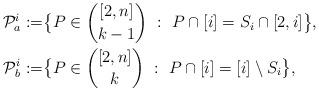
LaTeX: \begin{align*}\mathcal P_a^i:=&\big\{P\in {[2,n]\choose k-1}\ :\ P\cap [i] = S_i\cap [2,i]\big\},\\\mathcal P_b^i:=&\big\{P\in {[2,n]\choose k}\ :\ P\cap [i] = [i]\setminus S_i\big\},\end{align*}